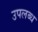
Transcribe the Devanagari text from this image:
उपलब्ध